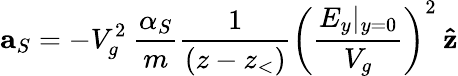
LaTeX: \mathbf{a}_{S}=-V_{g}^{2}\: \frac{\alpha_{S}}{m}\frac{1}{(z-z_{<})}\left(\frac{E_{y}|_{y=0}}{V_{g}}\right)^{2}\: \mathbf{\hat{z}}